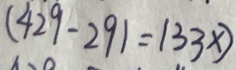
( 4 2 9 - 2 9 1 = 1 3 3 x )